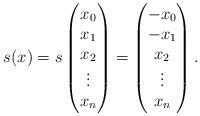
LaTeX: \begin{gather*}s(x) = s\left(\begin{matrix}x_0\\x_1\\x_2\\\vdots\\x_n \end{matrix}\right) = \left(\begin{matrix}-x_0\\-x_1\\x_2\\\vdots\\x_n \end{matrix}\right).\end{gather*}